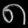
Digit: ၈